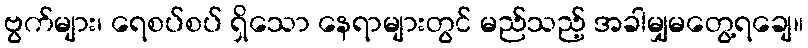
ဗွက်များ၊ ရေစပ်စပ် ရှိသော နေရာများတွင် မည်သည့် အခါမျှမတွေ့ရချေ။